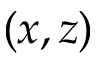
( x , z )